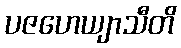
ပဇဟေယျာသီတိ